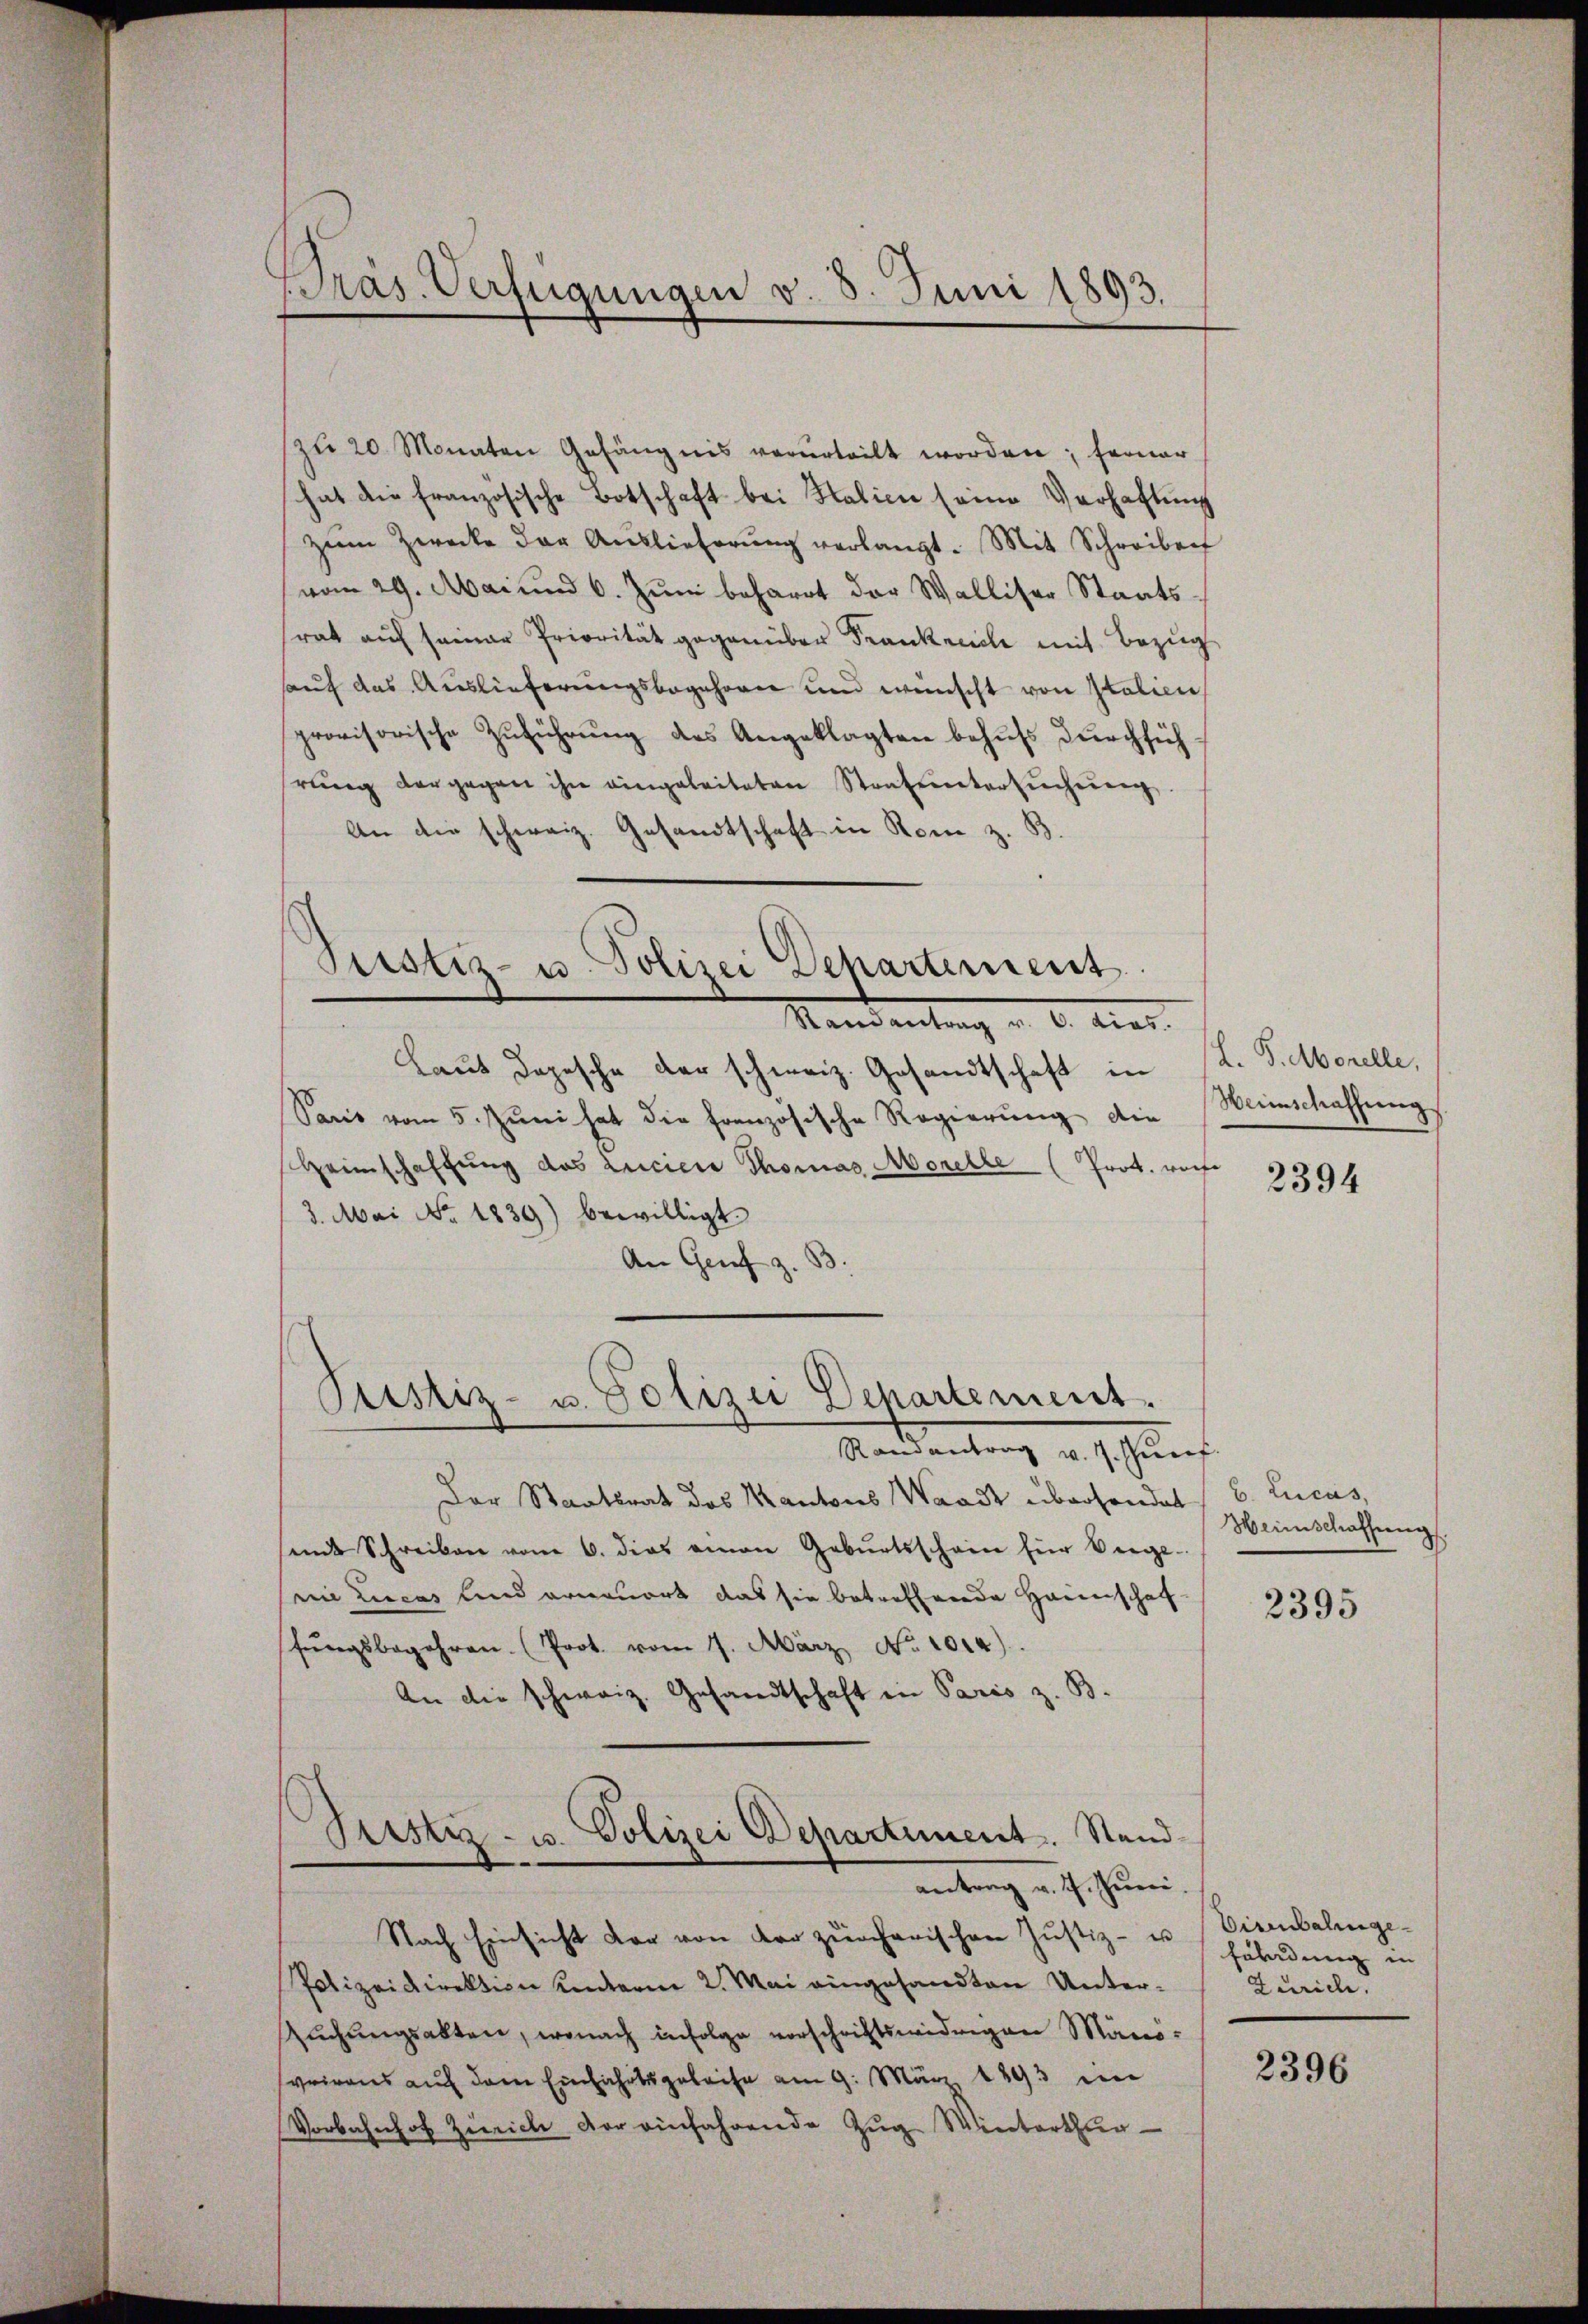
Präs. Verfügungen v. 3. Juni 1893.

zu 20 Monaten Gefängnis verurteilt worden; ferner
hat die französische Botschaft bei Salici seine Verhaftung
zŭm Zwecke der Auslieferŭng verlangt. Mit Schreiben
vom 29. Mai und 6. Juni beharrt der Walliser Staatsrat auf seiner Priorität gegenüber Frankreich mit Bezug
auf das Auslieferungsbegehrer und wünscht von Italien
provisorische Zuführung des Angeklagten behufs durchführŭng vorgegen ihn eingeleiteten Stantuntersŭchŭng.
An die schweiz. Gesandtschaft in Rom z. B.

Pustiz- u. Polizei Departement
Mandantung u. 6. dies

Pustiz- u. Polizei Departement.

Laut Depesche der schweiz. Gesandtschaft in
Pacis vom 5. Jŭni hat die französische Regierung die
scheinschaffung das Liciere Thomas Morelle (Prot. woche
3. Mai No. 1839) bewilligt
An Genf z. B.

Randantrag v. J. Prof.
Der Staatsrat des Kantons Waadt überhandet
sende Schreiben vom 6. dies einen Gebŭrtsschein für Verge-
nie Lucas sind ernauert das sie betreffende Haunschaf-
fŭngsbegehren. Prot. vom 7. März No. 1014).
An die schweiz. Gesandtschaft in Paris z. B.
Sistiz- u. Polizei Departiment. Stand
antrag v. 7. Juni.
Nach Einsicht der von der zürcherischen Justiz- u Vicebalinge¬
Polizeidirektion unterm 2. Mai eingesandten Untersŭchŭngsakten, wonach infolge vorschriftswidrigen Mänivrirens auf dem Einfahrtsgeleise am 9. März 1893 im
Vorbahnhof Zürich der einfahrende Zŭg Winterthun

H. B. Morelle,
Weinschaffung

2394

b. Lucas,
Heimschaffung.

2395

fährdung in
Zürich

2396